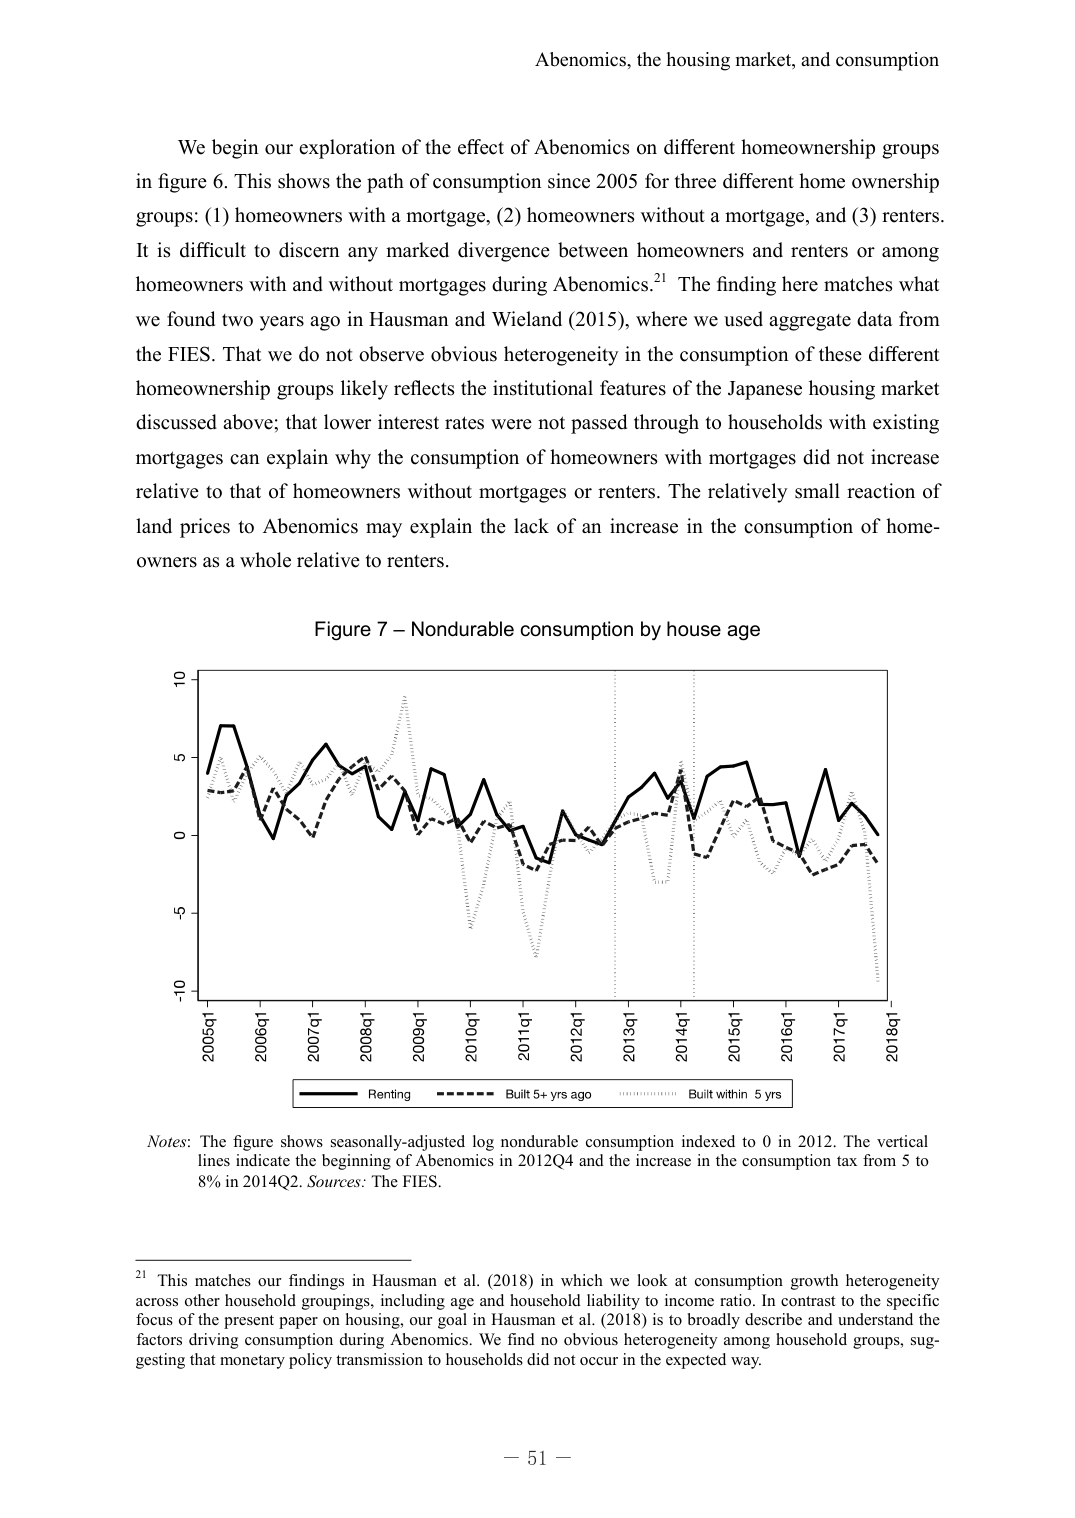
Abenomics, the housing market, and consumption

We begin our exploration of the effect of Abenomics on different homeownership groups in figure 6. This shows the path of consumption since 2005 for three different home ownership groups: (1) homeowners with a mortgage, (2) homeowners without a mortgage, and (3) renters. It is difficult to discern any marked divergence between homeowners and renters or among homeowners with and without mortgages during Abenomics.²¹ The finding here matches what we found two years ago in Hausman and Wieland (2015), where we used aggregate data from the FIES. That we do not observe obvious heterogeneity in the consumption of these different homeownership groups likely reflects the institutional features of the Japanese housing market discussed above; that lower interest rates were not passed through to households with existing mortgages can explain why the consumption of homeowners with mortgages did not increase relative to that of homeowners without mortgages or renters. The relatively small reaction of land prices to Abenomics may explain the lack of an increase in the consumption of homeowners as a whole relative to renters.

Figure 7 – Nondurable consumption by house age

Notes: The figure shows seasonally-adjusted log nondurable consumption indexed to 0 in 2012. The vertical lines indicate the beginning of Abenomics in 2012Q4 and the increase in the consumption tax from 5 to 8% in 2014Q2. Sources: The FIES.

²¹ This matches our findings in Hausman et al. (2018) in which we look at consumption growth heterogeneity across other household groupings, including age and household liability to income ratio. In contrast to the specific focus of the present paper on housing, our goal in Hausman et al. (2018) is to broadly describe and understand the factors driving consumption during Abenomics. We find no obvious heterogeneity among household groups, suggesting that monetary policy transmission to households did not occur in the expected way.

— 51 —